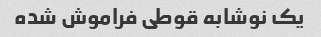
یک نوشابه قوطی فراموش شده